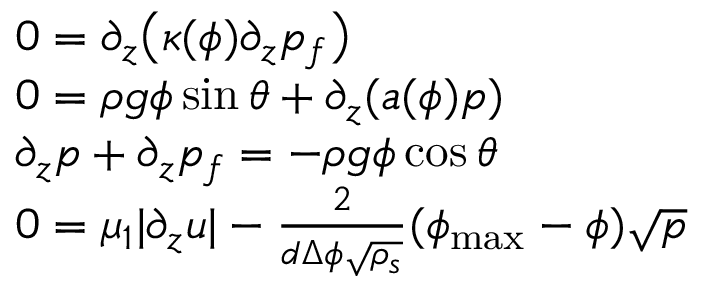
\begin{array} { r l } & { 0 = \partial _ { z } \big ( \kappa ( \phi ) \partial _ { z } p _ { f } \big ) } \\ & { 0 = \rho g \phi \sin \theta + \partial _ { z } ( a ( \phi ) p ) } \\ & { \partial _ { z } p + \partial _ { z } p _ { f } = - \rho g \phi \cos \theta } \\ & { 0 = \mu _ { 1 } | \partial _ { z } u | - \frac { 2 } { d \Delta \phi \sqrt { \rho _ { s } } } ( \phi _ { \mathrm { m a x } } - \phi ) \sqrt { p } } \end{array}